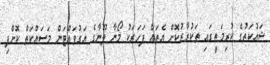
ޝައުކަތުގެ ކުރިމަތީގައި ތަކުރާރުކޮށް އެތައް ފަހަރަކު މޯނާ ލޫނާގެ އަގުވައްޓަން މަސައްކަތް ކޮށްފި